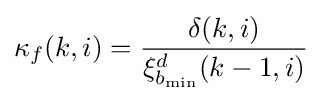
\kappa _{f}(k,i)={\frac {\delta (k,i)}{\xi _{b_{\min }}^{d}(k-1,i)}}